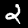
Digit: 2